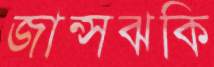
জান্সঝকি